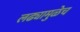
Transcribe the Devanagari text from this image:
लढ्यामुळेच